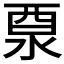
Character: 𨠊